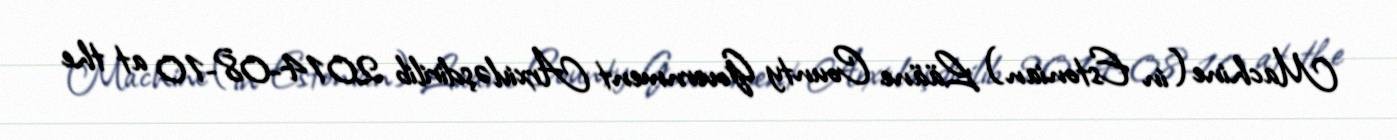
Machine (in Estonian) Lääne County Government Arxivləşdirilib 2014-08-10 at the